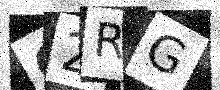
Text: 62RG